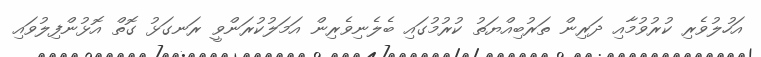
އަހުލުވެރި ކުރުވުމާއި ދަރިން ތަރުބިއްޔަތު ކުރުމުގައި ބެލެނިވެރިން އަމަލުކުރަންވީ ރަނގަޅު ގޮތް އޮޅުންފިލުވައި